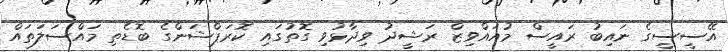
އޭސީސީގެ ނައިބު ރައީސް މުއައްވިޒް ރަޝީދު ވިދާޅުވި ގޮތުގައި ކޮރަޕްޝަންގެ ބޮޑެތި މައްސަލަތައް